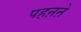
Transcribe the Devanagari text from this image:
पहऩऩे